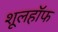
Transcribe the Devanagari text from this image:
शूलहॉफ